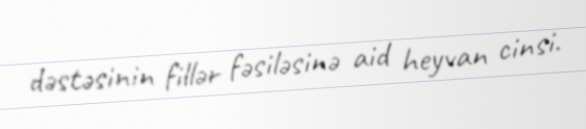
dəstəsinin fillər fəsiləsinə aid heyvan cinsi.